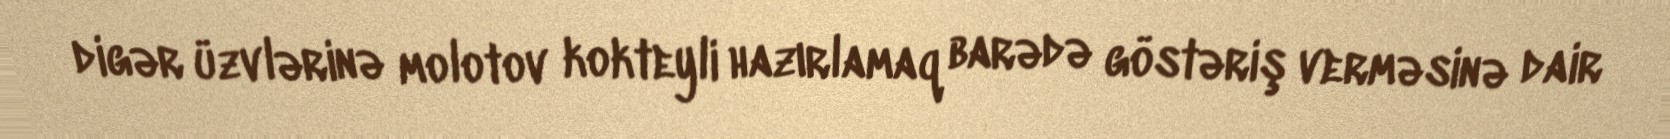
digər üzvlərinə molotov kokteyli hazırlamaq barədə göstəriş verməsinə dair